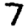
Digit: 7